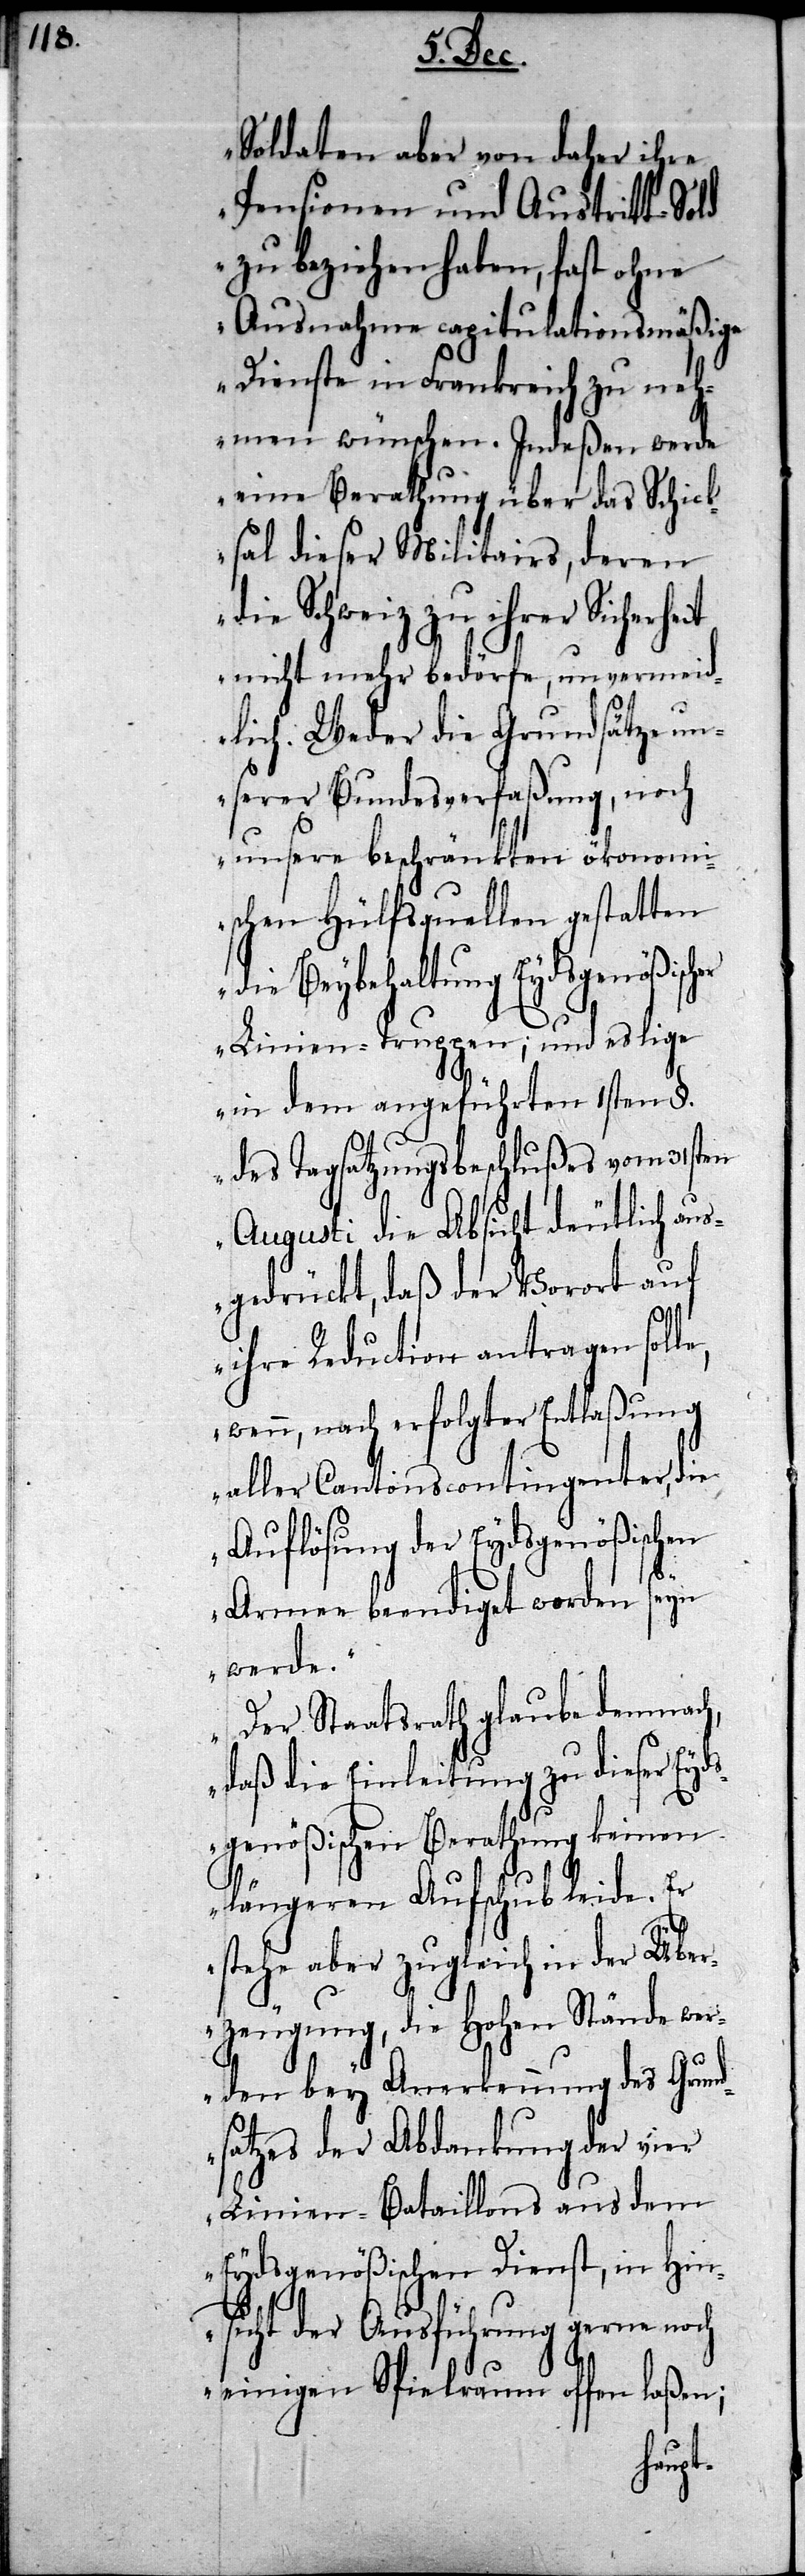
Soldaten aber von daher ihre
Pensionen und Austritt-Sold
zu beziehen haben, fast ohne
Ausnahme capitulationsmäßige
Dienste in Frankreich zu neh¬
men wünschen. Indeßen werde
eine Berathung über das Schick¬
sal dieser Militairs, deren
die Schweiz zu ihrer Sicherh¬
nicht mehr bedörfe, unvermeid¬
lich. Weder die Grundsätze un¬
serer Bundesverfaßung, noch
unsere beschränkten ökonomi¬
schen Hülfsquellen gestatten
die Beybehaltung Eydsgenößischer
Linien-Truppen, und es lige
in dem angeführten 1sten §.
des Tagsatzungsbeschlußes vom 31sten
Augusti die Absicht deutlich aus¬
gedrückt, daß der Vorort auf
ihre Reduction antragen soll¬
wenn, nach erfolgter Entlaßung
aller Cantonscontingenter, die
Auflösung der Eydsgenößischen
Armee beendiget worden seyn
werde.
Der Staatsrath glaube demnach,
daß die Einleitung zu dieser Eyd¬
sgenößischen Berathung keinen
längeren Aufschub leide. Er
e,
stehe aber zugleich in der Über¬
zeugung, die Hohen Stände wer¬
den bey Anerkennung des Grund¬
satzes der Abdankung der vier
Linien-Bataillons aus dem
Eydsgenößischen Dienst, in Hin¬
sicht der Ausführung gerne noch
einigen Spielraum offen laßen;